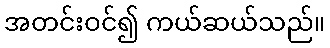
အတင်းဝင်၍ ကယ်ဆယ်သည်။